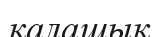
қалашық